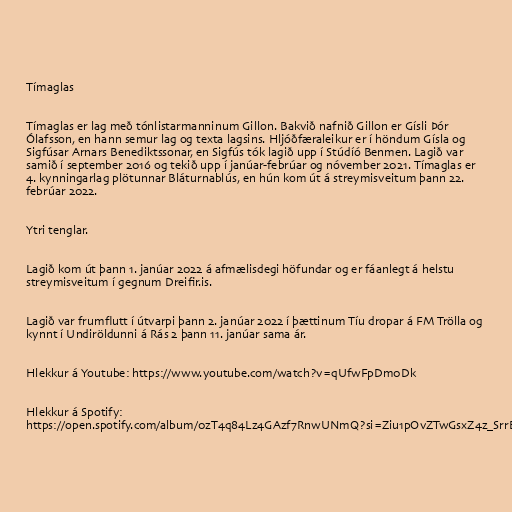
Tímaglas

Tímaglas er lag með tónlistarmanninum Gillon. Bakvið nafnið Gillon er Gísli Þór
Ólafsson, en hann semur lag og texta lagsins. Hljóðfæraleikur er í höndum Gísla og
Sigfúsar Arnars Benediktssonar, en Sigfús tók lagið upp í Stúdíó Benmen. Lagið var
samið í september 2016 og tekið upp í janúar-febrúar og nóvember 2021. Tímaglas er
4. kynningarlag plötunnar Bláturnablús, en hún kom út á streymisveitum þann 22.
febrúar 2022.

Ytri tenglar.

Lagið kom út þann 1. janúar 2022 á afmælisdegi höfundar og er fáanlegt á helstu
streymisveitum í gegnum Dreifir.is.

Lagið var frumflutt í útvarpi þann 2. janúar 2022 í þættinum Tíu dropar á FM Trölla og
kynnt í Undiröldunni á Rás 2 þann 11. janúar sama ár.

Hlekkur á Youtube: https://www.youtube.com/watch?v=qUfwFpDm0Dk

Hlekkur á Spotify:
https://open.spotify.com/album/0zT4q84Lz4GAzf7RnwUNmQ?si=Ziu1pOvZTwGsxZ4z_SrrEw